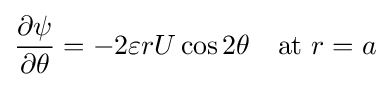
{\frac {\partial \psi }{\partial \theta }}=-2\varepsilon rU\cos 2\theta \quad {\text{at }}r=a